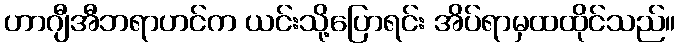
ဟာဂျီအီဘရာဟင်က ယင်းသို့ပြောရင်း အိပ်ရာမှထထိုင်သည်။